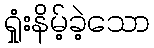
ရှုံးနိမ့်ခဲ့သော